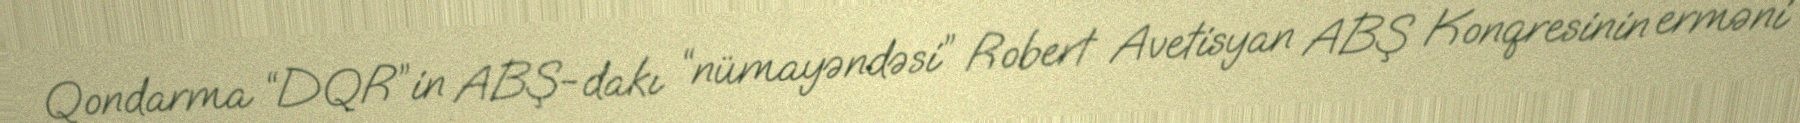
Qondarma “DQR”in ABŞ-dakı “nümayəndəsi” Robert Avetisyan ABŞ Konqresinin erməni